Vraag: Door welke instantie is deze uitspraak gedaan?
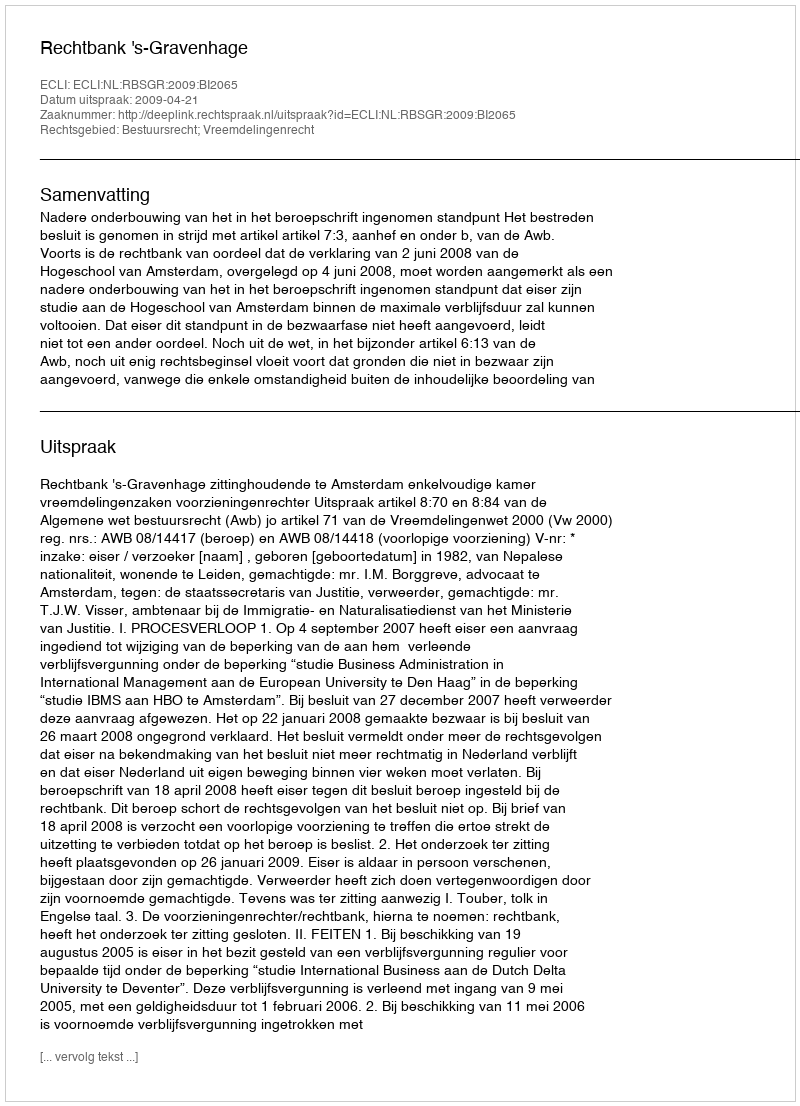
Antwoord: Rechtbank 's-Gravenhage